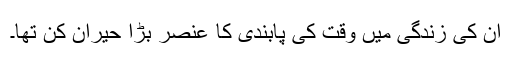
اُن کی زندگی میں وقت کی پابندی کا عنصر بڑا حیران کن تھا۔